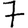
Digit: 7